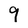
Character: 9